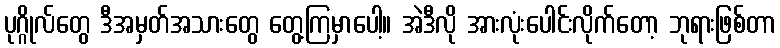
ပုဂ္ဂိုလ်တွေ ဒီအမှတ်အသားတွေ တွေ့ကြမှာပေါ့။ အဲဒီလို အားလုံးပေါင်းလိုက်တော့ ဘုရားဖြစ်တာ